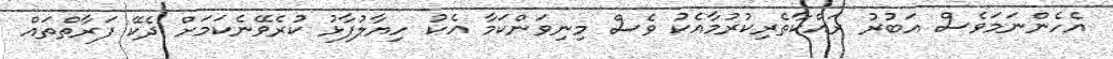
އެހެންނަމަވެސް އަބުރު ރައްކާތެރިކުރުމާއެކު ވެސް މިނިވަންކަމާ އެކު ހިޔާލުފާޅު ކުރެވޭނެކަމަށް ދެކޭ ފަރާތްތައް